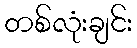
တစ်လုံးချင်း